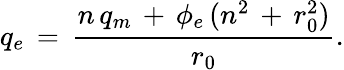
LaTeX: q_{e}\, =\, \frac{n\, q_{m}\, +\, \phi_{e}\, (n^{2}\, +\, r_{0}^{2})}{r_{0}}.